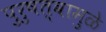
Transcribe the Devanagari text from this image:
पुरुषत्वामुळे